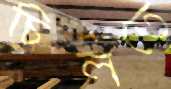
চিলতে